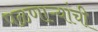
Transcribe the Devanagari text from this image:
पळणाऱ्यांची